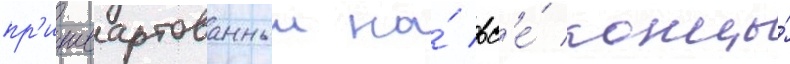
пр'ишвартованныи на́ вс'е́ концы́